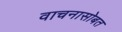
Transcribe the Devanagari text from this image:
वाचनासोबत